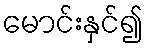
မောင်းနှင်၍